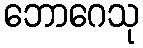
ဘောဂေသု